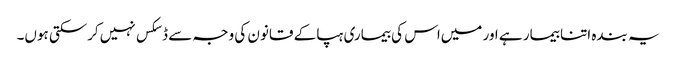
یہ بندہ اتنا بیمار ہے اور میں‌اس کی بیماری ہپا کے قانون کی وجہ سے ڈسکس نہیں‌کرسکتی ہوں۔